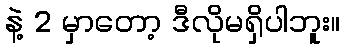
နဲ့ 2 မှာတော့ ဒီလိုမရှိပါဘူး။